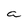
Character: a